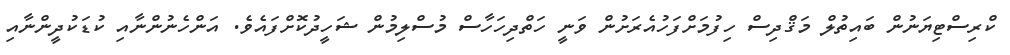
ކްރިސްޓިޔަނުން ބައިތުލް މަޤްދިސް ހިފުމަށްފަހުއެރަށުން ވަނީ ހަތްދިހަހާސް މުސްލިމުން ޝަހީދުކޮށްފައެވެ. އަންހެނުންނާއި ކުޑަކުދީންނާއި